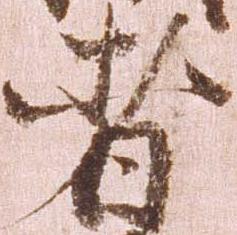
者